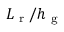
L _ { \textrm { r } } / h _ { \textrm { g } }